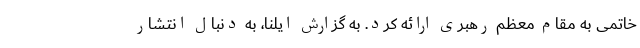
خاتمی ‌به مقام معظم رهبری ارائه کرد. به گزارش ایلنا، به دنبال انتشار